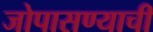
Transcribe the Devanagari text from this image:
जोपासण्याची